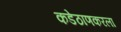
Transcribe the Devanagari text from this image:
कडेठाणकरला